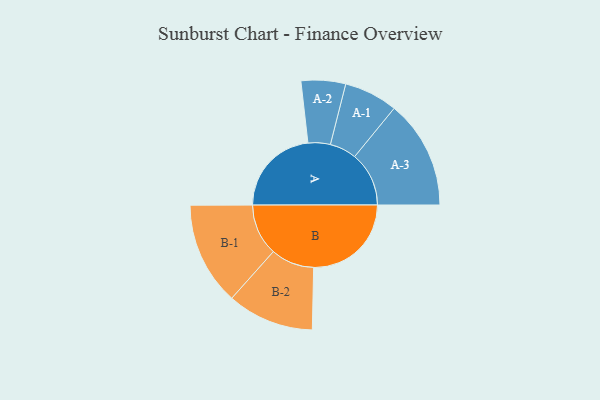
{"axis": {"x": "Segment", "y": "Value"}, "legend": ["", "A", "B"], "data": [{"x": "A", "y": 427, "type": ""}, {"x": "B", "y": 466, "type": ""}, {"x": "A-1", "y": 128, "type": "A"}, {"x": "A-2", "y": 106, "type": "A"}, {"x": "A-3", "y": 259, "type": "A"}, {"x": "B-1", "y": 246, "type": "B"}, {"x": "B-2", "y": 207, "type": "B"}]}